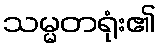
သမ္မတရုံး၏